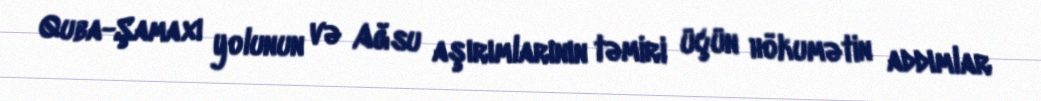
Quba-Şamaxı yolunun və Ağsu aşırımlarının təmiri üçün hökumətin addımlar